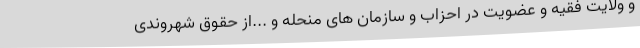
و ولایت فقیه و عضویت در احزاب و سازمان های منحله و ...از حقوق شهروندی